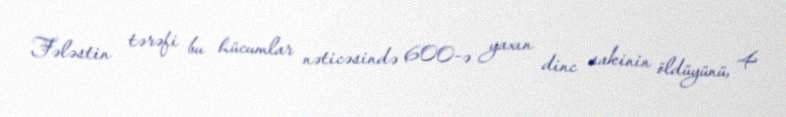
Fələstin tərəfi bu hücumlar nəticəsində 600-ə yaxın dinc sakinin öldüyünü, 4